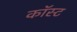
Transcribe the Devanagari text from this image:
कॉस्‍ट